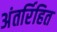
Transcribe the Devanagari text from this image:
अंतर्रिहित